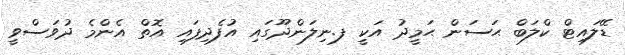
ޑޭލައިޓް ކްލަބް ޙަސަން ޙަމީދު އަކީ ފ.ނިލަންދޫގައި އުފެދިފައި އޮތް އެންމެ ދުވަސްވީ